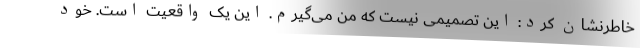
خاطرنشان کرد: این تصمیمی نیست که من می‌گیرم. این یک واقعیت است. خود